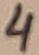
Text: 4